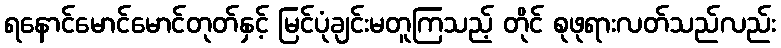
ရနောင်မောင်မောင်တုတ်နှင့် မြင်ပုံချင်းမတူကြသည့် တိုင် စုဖုရားလတ်သည်လည်း